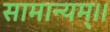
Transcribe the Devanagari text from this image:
सामान्यम्।।